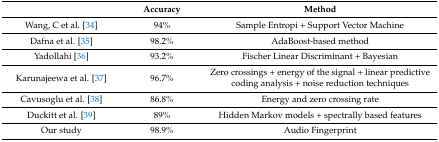
<table><thead><tr><td></td><td><b>Accuracy</b></td><td><b>Method</b></td></tr></thead><tbody><tr><td>Wang, C et al. [34]</td><td>94%</td><td>Sample Entropi + Support Vector Machine</td></tr><tr><td>Dafna et al. [35]</td><td>98.2%</td><td>AdaBoost-based method</td></tr><tr><td>Yadollahi [36]</td><td>93.2%</td><td>Fischer Linear Discriminant + Bayesian</td></tr><tr><td>Karunajeewa et al. [37]</td><td>96.7%</td><td>Zero crossings + energy of the signal + linear predictive coding analysis + noise reduction techniques</td></tr><tr><td>Cavusoglu et al. [38]</td><td>86.8%</td><td>Energy and zero crossing rate</td></tr><tr><td>Duckitt et al. [39]</td><td>89%</td><td>Hidden Markov models + spectrally based features</td></tr><tr><td>Our study</td><td>98.9%</td><td>Audio Fingerprint</td></tr></tbody></table>